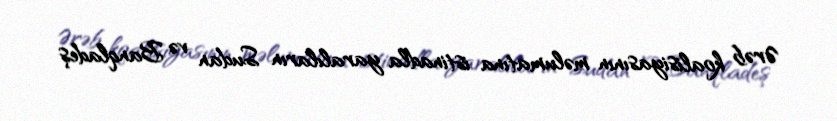
Ərəb koalisiyasının məlumatına istinadla yaralıların Sudan və Banqladeş